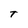
Character: t